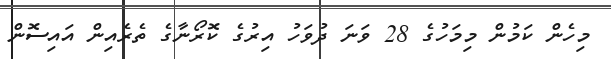
މިހެން ކަމުން މިމަހުގެ 28 ވަނަ ދުވަހު އިރުގެ ކޮރޯނާގެ ތެރެއިން އައިސޮން